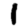
Digit: 1